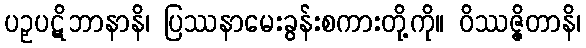
ပဉှပဋိဘာနာနိ၊ ပြဿနာမေးခွန်းစကားတို့ကို။ ဝိဿဇ္ဇိတာနိ၊